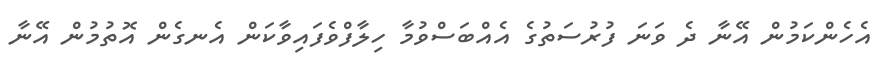
އެހެންކަމުން އޭނާ ދެ ވަނަ ފުރުސަތުގެ އެއްބަސްވުމާ ހިލާފްވެފައިވާކަން އެނގެން އޮތުމުން އޭނާ